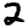
Digit: 2